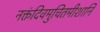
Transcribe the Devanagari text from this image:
नक्तंदिवमुचितमीशानि